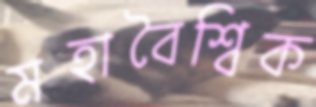
মহাবৈশ্বিক